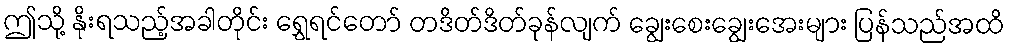
ဤသို့ နိုးရသည့်အခါတိုင်း ရွှေရင်တော် တဒိတ်ဒိတ်ခုန်လျက် ချွေးစေးချွေးအေးများ ပြန်သည်အထိ